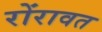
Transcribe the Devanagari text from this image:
रोंरावत